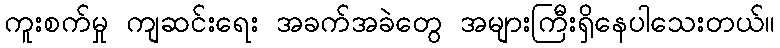
ကူးစက်မှု ကျဆင်းရေး အခက်အခဲတွေ အများကြီးရှိနေပါသေးတယ်။